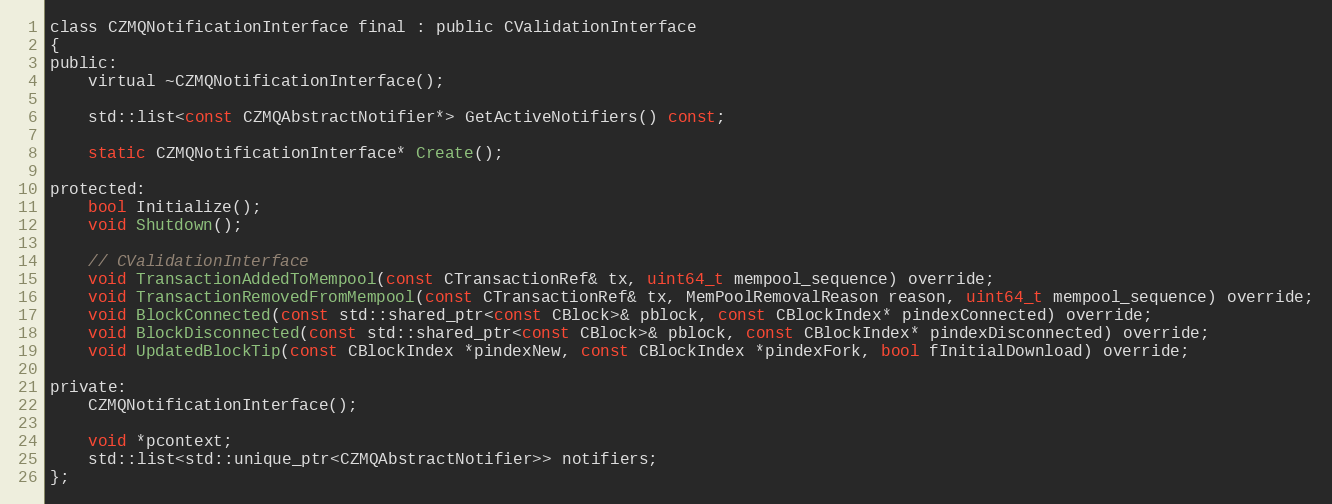
Language: C
class CZMQNotificationInterface final : public CValidationInterface
{
public:
    virtual ~CZMQNotificationInterface();

    std::list<const CZMQAbstractNotifier*> GetActiveNotifiers() const;

    static CZMQNotificationInterface* Create();

protected:
    bool Initialize();
    void Shutdown();

    // CValidationInterface
    void TransactionAddedToMempool(const CTransactionRef& tx, uint64_t mempool_sequence) override;
    void TransactionRemovedFromMempool(const CTransactionRef& tx, MemPoolRemovalReason reason, uint64_t mempool_sequence) override;
    void BlockConnected(const std::shared_ptr<const CBlock>& pblock, const CBlockIndex* pindexConnected) override;
    void BlockDisconnected(const std::shared_ptr<const CBlock>& pblock, const CBlockIndex* pindexDisconnected) override;
    void UpdatedBlockTip(const CBlockIndex *pindexNew, const CBlockIndex *pindexFork, bool fInitialDownload) override;

private:
    CZMQNotificationInterface();

    void *pcontext;
    std::list<std::unique_ptr<CZMQAbstractNotifier>> notifiers;
};